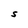
Character: S